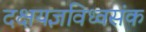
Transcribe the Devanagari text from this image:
दक्षयज्ञविध्वसंक